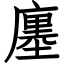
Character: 廛